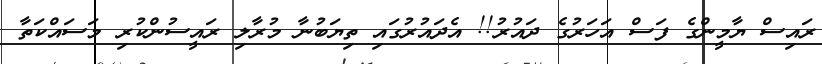
ރައިސް ޔާމީންގެ ފަސް އަހަރުގެ ދައުރު!! އެދައުރުގައި ތިޔަބުނާ މުރާލި ރައީސުންކުރި މަސައްކަތާ